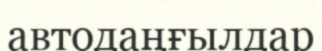
автодаңғылдар